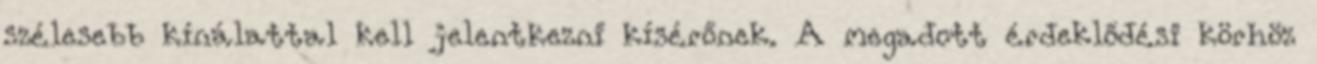
szélesebb kínálattal kell jelentkezni kísérőnek. A megadott érdeklődési körhöz